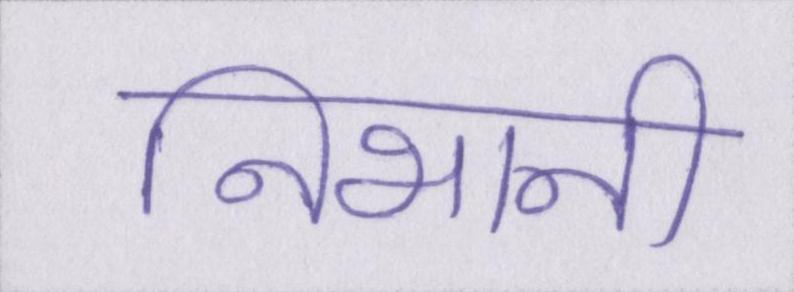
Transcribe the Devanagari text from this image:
निभानी